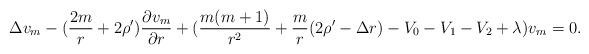
LaTeX: \begin{align*} \Delta v_m -(\frac{2m}{r}+2\rho^{\prime} )\frac{\partial v_m}{\partial r}+(\frac{m(m+1)}{r^2}+\frac{m}{r}(2\rho^{\prime}-\Delta r)-V_0-V_1-V_2+\lambda)v_m=0.\end{align*}